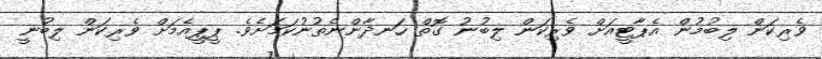
ވެރިކަން ލިބުމުން އެޕާޓީއަށް ވެރިކަން ލިބުނު ގޮތް ހަނދާންނެތުނުކަމަށެވެ. ޕީޕީއެމަށް ވެރިކަން ލިބުނީ